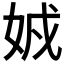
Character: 𡜐